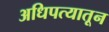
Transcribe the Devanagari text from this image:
अधिपत्यातून